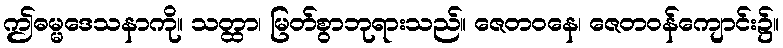
ဤဓမ္မဒေသနာကို။ သတ္ထာ၊ မြတ်စွာဘုရားသည်။ ဇေတဝနေ၊ ဇေတဝန်ကျောင်း၌။